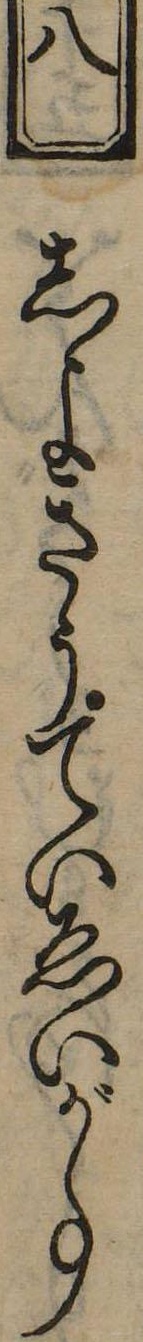
八しよきうていゑいが事